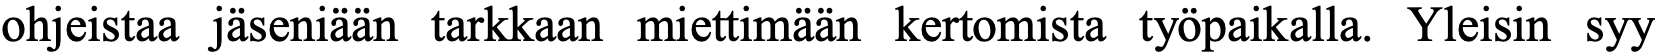
ohjeistaa jäseniään tarkkaan miettimään kertomista työpaikalla. Yleisin syy